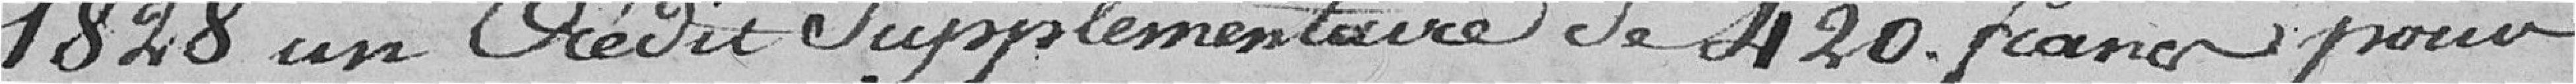
1828 un crédit supplémentaire de 420 Francs pour